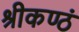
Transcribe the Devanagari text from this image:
श्रीकण्ठं